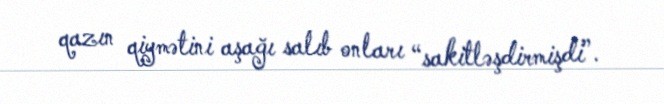
qazın qiymətini aşağı salıb onları “sakitləşdirmişdi”.